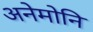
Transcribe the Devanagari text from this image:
अनेमोनि